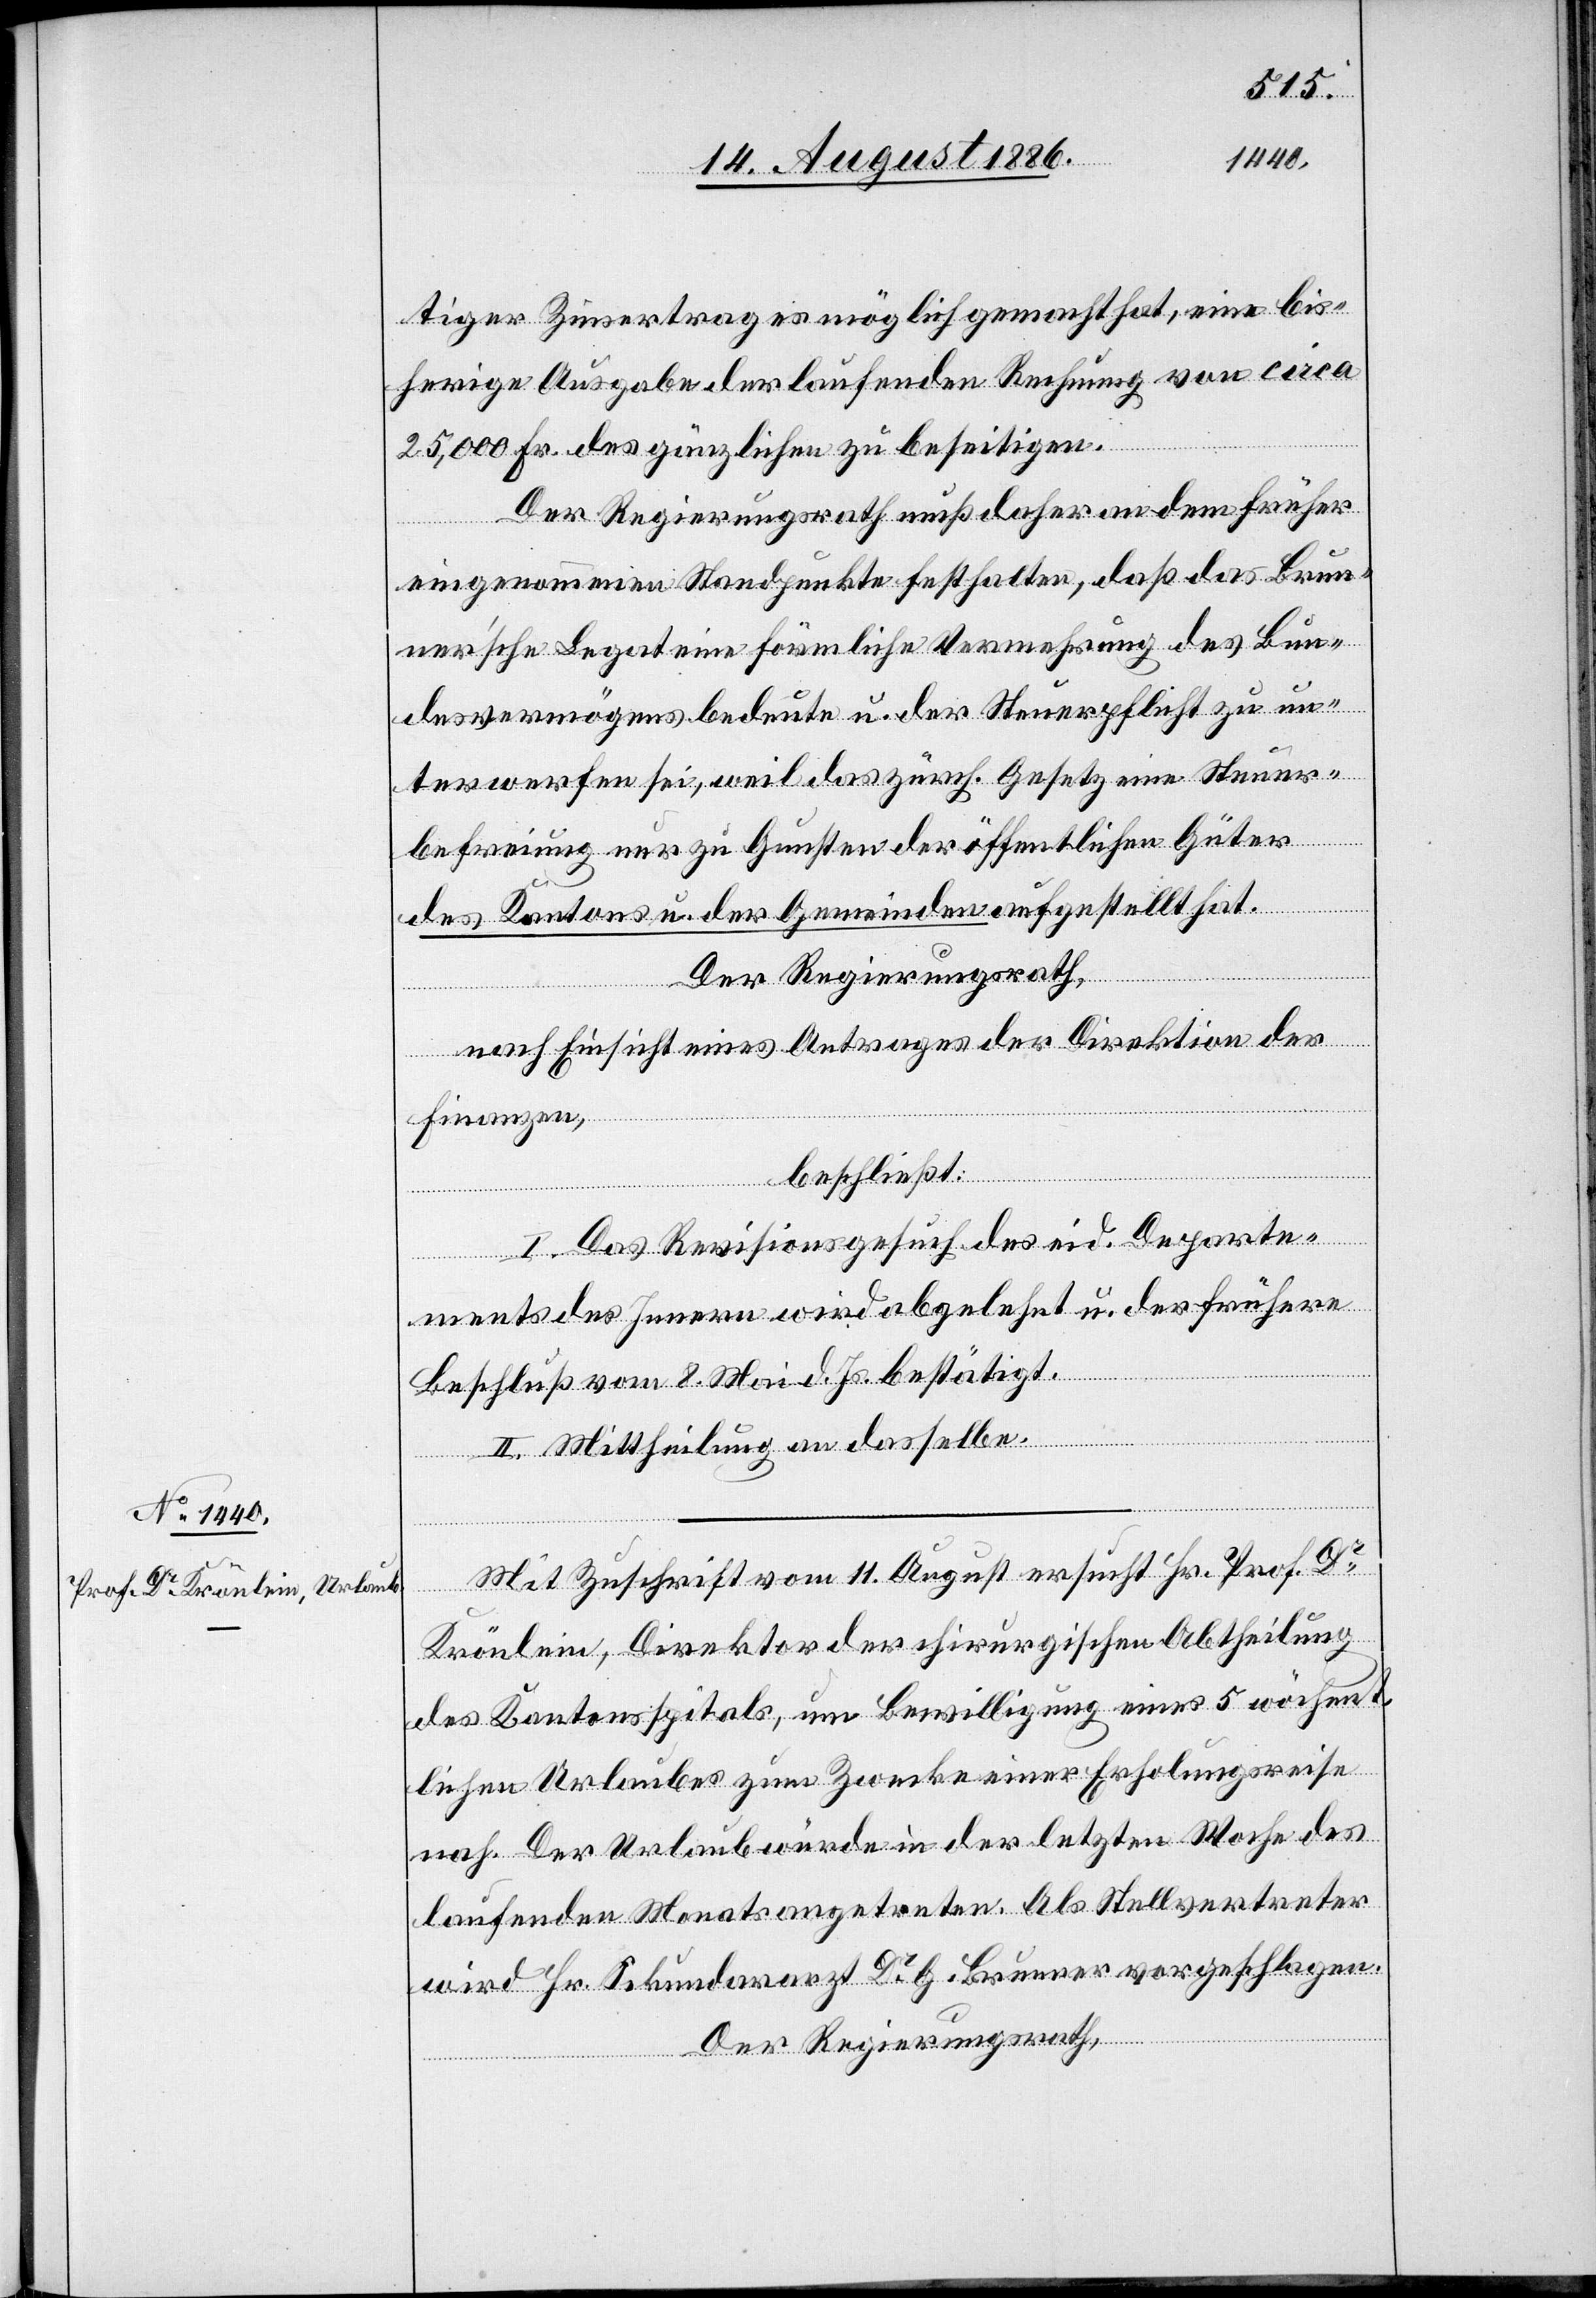
tiger Zinsertrag es möglich gemacht hat, eine bis¬
herige Ausgabe der laufenden Rechnung von circa
25,000 Fr. des gänzlichen zu beseitigen.
Der Regierungsrath muß daher an dem früher
eingenommenen Standpunkt festhalten, daß das Brun¬
nerʼsche Legat eine förmliche Vermehrung des Bun¬
desvermögens bedeute u. der Steuerpflicht zu un¬
terwerfen sei, weil das zürch. Gesetz eine Steuer¬
befreiung nur zu Gunsten der öffentlichen Güter
des Kantons u. der Gemeinden aufgestellt hat.
Der Regierungsrath,
nach Einsicht eines Antrages der Direktion der
Finanzen,
beschließt:
I. Das Revisionsgesuch des eid. Departe¬
ments des Innern wird abgelehnt u. der frühere
Beschluß vom 8. Mai d. Js. bestätigt.
II. Mittheilung an dasselbe.
Mit Zuschrift vom 11. August ersucht Hr. Prof. Dr
Krönlein, Direktor der chirurgischen Abtheilung
des Kantonsspitals, um Bewilligung eines 5 wöchent¬
lichen Urlaubes zum Zwecke einer Erholungsreise
nach. Der Urlaub würde in der letzten Woche des
laufenden Monats angetreten. Als Stellvertreter
wird Hr. Sekundararzt Dr G. Brunner vorgeschlagen.
Der Regierungsrath,